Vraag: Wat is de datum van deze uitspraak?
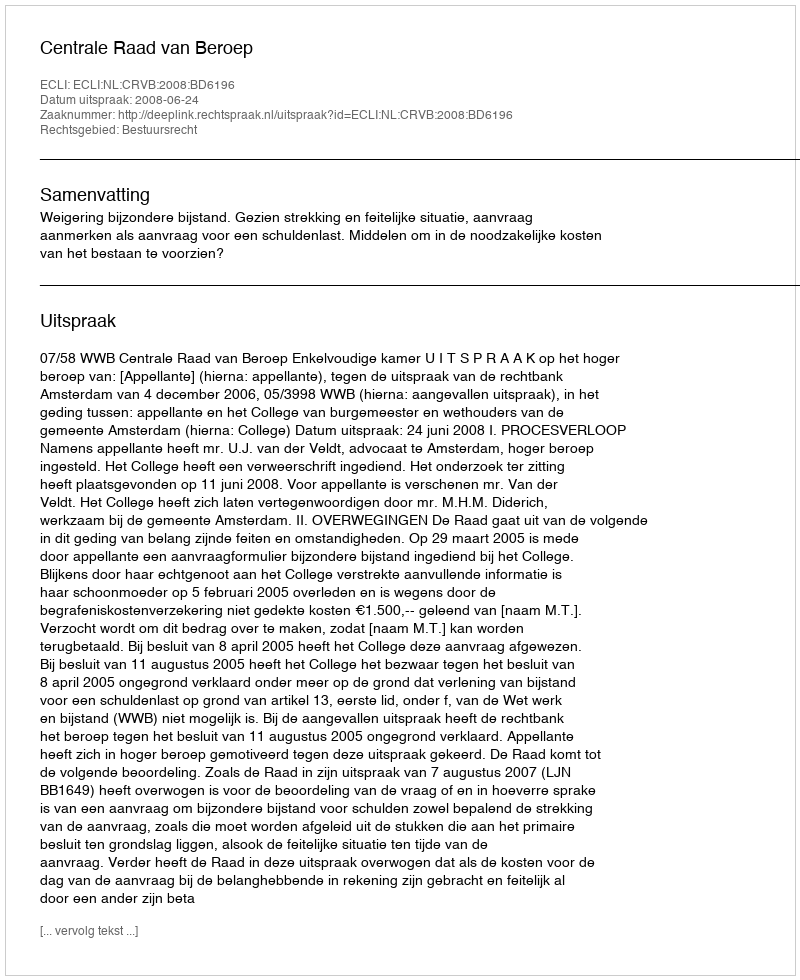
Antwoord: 2008-06-24